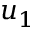
u _ { 1 }